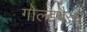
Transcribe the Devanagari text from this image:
गोल्डवैसर